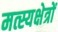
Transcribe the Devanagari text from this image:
मत्स्यक्षेत्रों